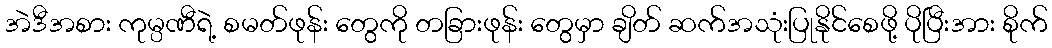
အဲဒီအစား ကုမ္ပဏီရဲ့ စမတ်ဖုန်း တွေကို တခြားဖုန်း တွေမှာ ချိတ် ဆက်အသုံးပြုနိုင်စေဖို့ ပိုပြီးအား စိုက်